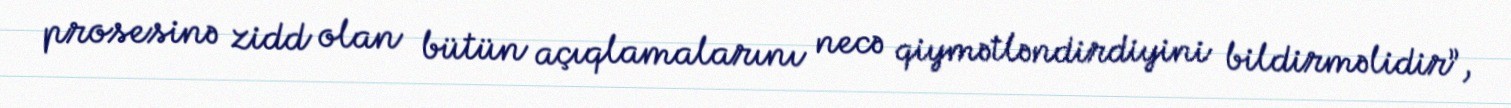
prosesinə zidd olan bütün açıqlamalarını necə qiymətləndirdiyini bildirməlidir”,